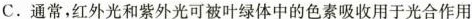
C.通常，红外光和紫外光可被叶绿体中的色素吸收用于光合作用